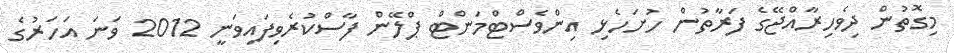
މިގޮތުން ދިވެހިރާއްޖޭގެ ފަރާތުން ހުށަހެޅި އިންވެސްޓްމަންޓް ޕްލޭން ފާސްކުރެވިފައިވަނީ 2012 ވަނަ އަހަރުގެ